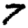
Digit: 7